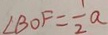
\angle B O F = \frac { 1 } { 2 } a